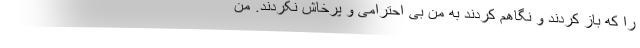
را که باز کردند و نگاهم کردند به من بی احترامی و پرخاش نکردند. من